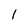
Character: 1